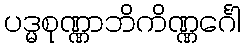
ပဒ္မစုဏ္ဏာဘိကိဏ္ဏင်္ဂေါ